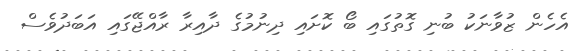
އެހެން ޒުވާނަކު ބުނި ގޮތުގައި ބޯ ކޮށައި ދިނުމުގެ ދާއިރާ ރާއްޖޭގައި އަބަދުވެސް